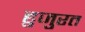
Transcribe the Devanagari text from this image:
हुजुरत